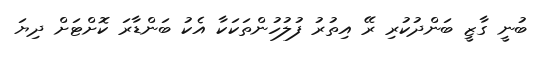
ބުނީ ގާޒީ ބަންދުކުރި ރޭ އިތުރު ފުލުހުންތަކަކާ އެކު ބަންޑާރަ ކޮށްޓަށް ދިޔަ